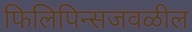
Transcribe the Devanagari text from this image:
फिलिपिन्सजवळील